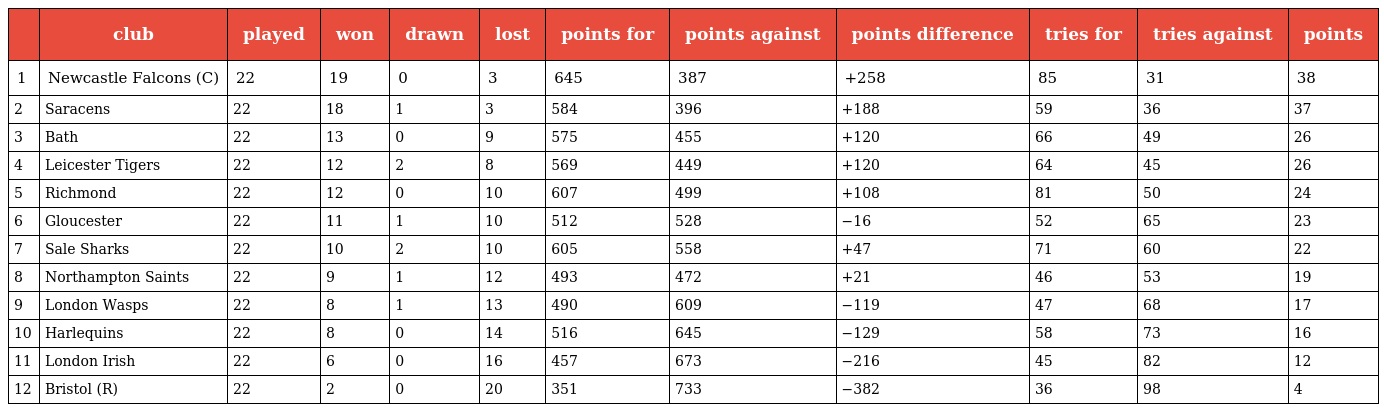
|  | club | played | won | drawn | lost | points for | points against | points difference | tries for | tries against | points |
 | --- | --- | --- | --- | --- | --- | --- | --- | --- | --- | --- | --- |
 | 1 | Newcastle Falcons (C) | 22 | 19 | 0 | 3 | 645 | 387 | +258 | 85 | 31 | 38 |
 | 2 | Saracens | 22 | 18 | 1 | 3 | 584 | 396 | +188 | 59 | 36 | 37 |
 | 3 | Bath | 22 | 13 | 0 | 9 | 575 | 455 | +120 | 66 | 49 | 26 |
 | 4 | Leicester Tigers | 22 | 12 | 2 | 8 | 569 | 449 | +120 | 64 | 45 | 26 |
 | 5 | Richmond | 22 | 12 | 0 | 10 | 607 | 499 | +108 | 81 | 50 | 24 |
 | 6 | Gloucester | 22 | 11 | 1 | 10 | 512 | 528 | −16 | 52 | 65 | 23 |
 | 7 | Sale Sharks | 22 | 10 | 2 | 10 | 605 | 558 | +47 | 71 | 60 | 22 |
 | 8 | Northampton Saints | 22 | 9 | 1 | 12 | 493 | 472 | +21 | 46 | 53 | 19 |
 | 9 | London Wasps | 22 | 8 | 1 | 13 | 490 | 609 | −119 | 47 | 68 | 17 |
 | 10 | Harlequins | 22 | 8 | 0 | 14 | 516 | 645 | −129 | 58 | 73 | 16 |
 | 11 | London Irish | 22 | 6 | 0 | 16 | 457 | 673 | −216 | 45 | 82 | 12 |
 | 12 | Bristol (R) | 22 | 2 | 0 | 20 | 351 | 733 | −382 | 36 | 98 | 4 |